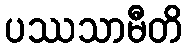
ပဿသာမီတိ